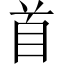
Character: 首